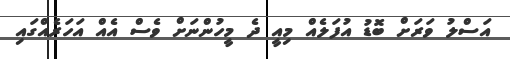
އަސްލު ވަރަށް ބޮޑު އުފަލެއް މިއީ ދެ މީހުންނަށް ވެސް އެއް އަހަރެއްގައި